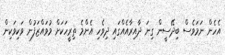
އެހެން ނަމަވެސް ބިދޭސީން ގިނަ ދާއިރާއެއްގައި ދިވެހި އެންމެ ތިރީހަކަށް މުވައްޒަފުން ވަކިވަކިން